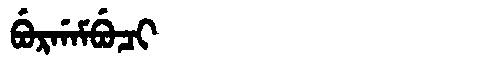
Manchu: ᠪᡠᡵᡤᠠᠮᠪᡠᠴᡳ
Romanization: BURGAMBUCI